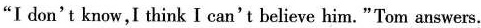
"I don't know, I think I can't believe him."Tom answers.